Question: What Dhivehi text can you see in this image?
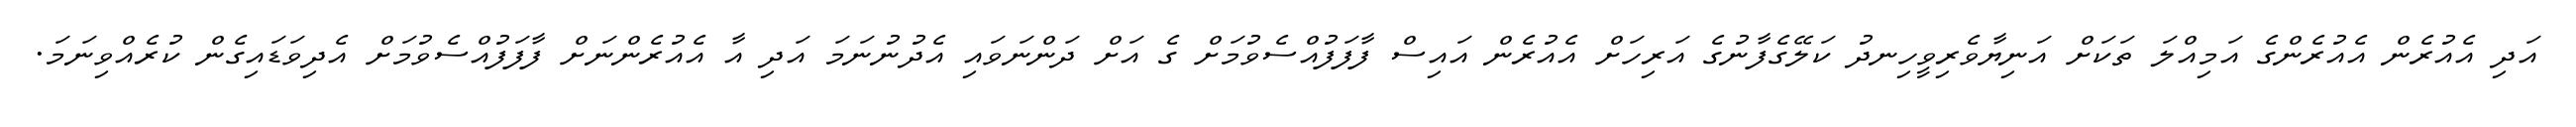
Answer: އަދި އެއުރެން އެއުރެންގެ އަމިއްލަ ތަކަށް އަނިޔާވެރިވީހިނދު ކަލޭގެފާނުގެ އަރިހަށް އެއުރެން އައިސް ފާފަފުއްސެވުމަށް ގެ އަށް ދަންނަވައި އެދުނުނަމަ އަދި އާ އެއުރެންނަށް ފާފަފުއްސެވުމަށް އެދިވަޑައިގެން ކުރެއްވިނަމަ.